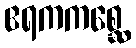
ဧရကကစ္ဆေ